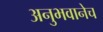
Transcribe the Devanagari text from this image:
अनुभवानेच